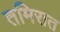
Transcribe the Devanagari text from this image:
तमिरात